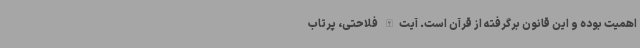
اهمیت بوده و این قانون برگرفته از قرآن است. آیت‌الله فلاحتی، پرتاب